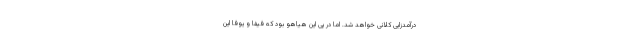
درآمدزایی کلانی خواهد شد. اما در پی این هیاهو بود که فیفا و یوفا این